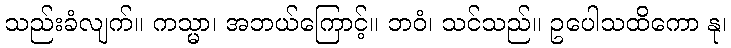
သည်းခံလျက်။ ကသ္မာ၊ အဘယ်ကြောင့်။ ဘဝံ၊ သင်သည်။ ဥပေါသထိကော နု၊